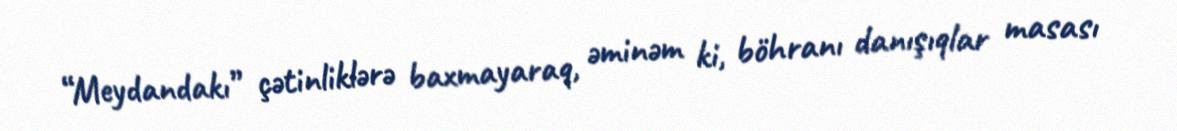
“Meydandakı” çətinliklərə baxmayaraq, əminəm ki, böhranı danışıqlar masası